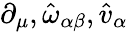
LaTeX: \partial_{\mu},\hat{\omega}_{\alpha\beta},\hat{v}_{\alpha}